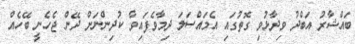
ބައްޝާރު އަބްދު ވިދާޅުވި ގޮތުގައި އެމައްސަލަ ދިމާވެފައިވާ ކުދިންނަށް ދޭން ޖެހެނީ ބޭހެއް